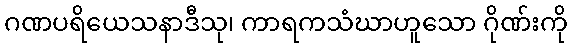
ဂဏပရိယေသနာဒီသု၊ ကာရကသံဃာဟူသော ဂိုဏ်းကို